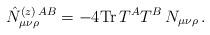
LaTeX: \begin{align*}\hat{N}_{\mu\nu\rho}^{(z)\,AB}=-4{\rm Tr}\,T^AT^B\,N_{\mu\nu\rho}\, . \end{align*}